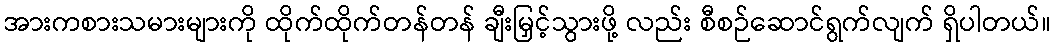
အားကစားသမားများကို ထိုက်ထိုက်တန်တန် ချီးမြှင့်သွားဖို့ လည်း စီစဉ်ဆောင်ရွက်လျက် ရှိပါတယ်။